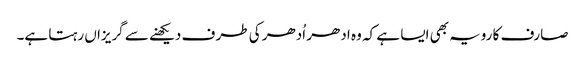
صارف کا رویہ بھی ایسا ہے کہ وہ ادھر اُدھر کی طر ف دیکھنے سے گریزاں رہتا ہے۔